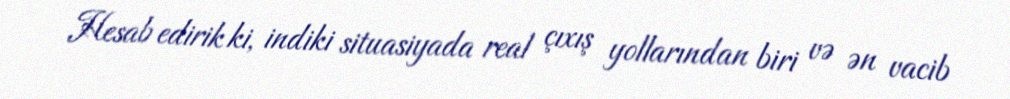
Hesab edirik ki, indiki situasiyada real çıxış yollarından biri və ən vacib